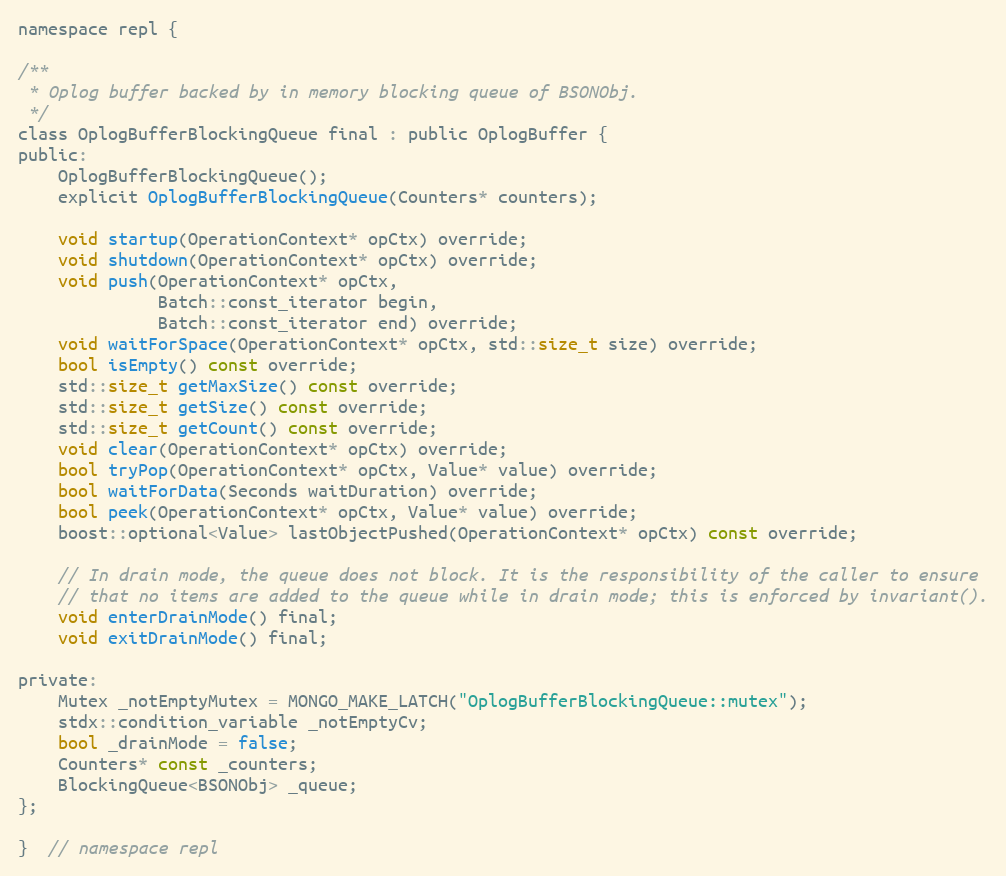
Language: C
namespace repl {

/**
 * Oplog buffer backed by in memory blocking queue of BSONObj.
 */
class OplogBufferBlockingQueue final : public OplogBuffer {
public:
    OplogBufferBlockingQueue();
    explicit OplogBufferBlockingQueue(Counters* counters);

    void startup(OperationContext* opCtx) override;
    void shutdown(OperationContext* opCtx) override;
    void push(OperationContext* opCtx,
              Batch::const_iterator begin,
              Batch::const_iterator end) override;
    void waitForSpace(OperationContext* opCtx, std::size_t size) override;
    bool isEmpty() const override;
    std::size_t getMaxSize() const override;
    std::size_t getSize() const override;
    std::size_t getCount() const override;
    void clear(OperationContext* opCtx) override;
    bool tryPop(OperationContext* opCtx, Value* value) override;
    bool waitForData(Seconds waitDuration) override;
    bool peek(OperationContext* opCtx, Value* value) override;
    boost::optional<Value> lastObjectPushed(OperationContext* opCtx) const override;

    // In drain mode, the queue does not block. It is the responsibility of the caller to ensure
    // that no items are added to the queue while in drain mode; this is enforced by invariant().
    void enterDrainMode() final;
    void exitDrainMode() final;

private:
    Mutex _notEmptyMutex = MONGO_MAKE_LATCH("OplogBufferBlockingQueue::mutex");
    stdx::condition_variable _notEmptyCv;
    bool _drainMode = false;
    Counters* const _counters;
    BlockingQueue<BSONObj> _queue;
};

}  // namespace repl